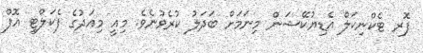
ފޮރ ޓެކްނިކަލް އެޑިޔުކޭޝަން މިނަމަށް ބަދަލު ކުރެވުނެވެ. މިއީ މިއަދުގެ ފެކަލްޓީ އޮފް